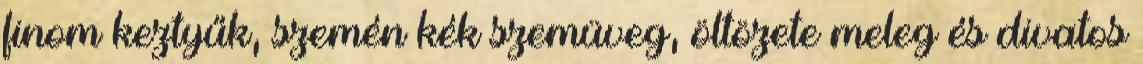
finom keztyűk, szemén kék szemüveg, öltözete meleg és divatos